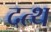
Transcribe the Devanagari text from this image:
दत्थ